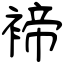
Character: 褅